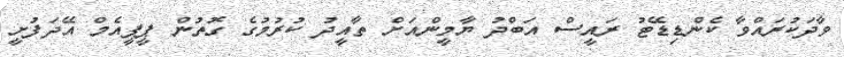
ވާދަކުރައްވާ ކެންޑިޑޭޓު ރައީސް އަބްދު ޔާމީންއަށް ތާއީދު ކުރުމުގެ ގޮތުން ޕީޕީއެމް އޭދަފުށީ